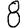
Digit: 8